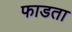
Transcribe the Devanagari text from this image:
फाडता